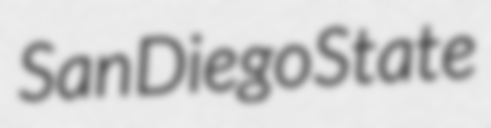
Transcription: San Diego State